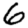
Digit: 6